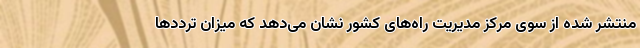
منتشر شده از سوی مرکز مدیریت راه‌های کشور نشان می‌دهد که میزان ترددها